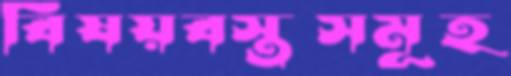
বিষয়বস্তুসমূহ